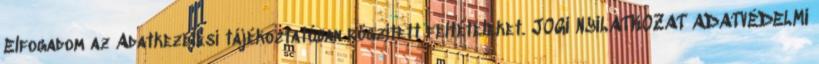
Elfogadom az Adatkezelési tájékoztatóban rögzített feltételeket. JOGI NYILATKOZAT ADATVÉDELMI